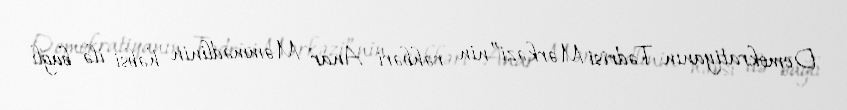
Demokratiyanın Tədrisi Mərkəzi”nin rəhbəri Anar Məmmədlinin həbsi ilə bağlı